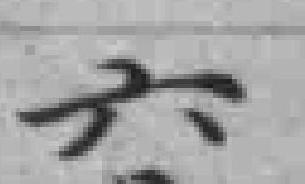
六